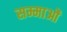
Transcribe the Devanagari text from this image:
सम्माओं